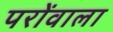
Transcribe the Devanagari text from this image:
परोंवाला